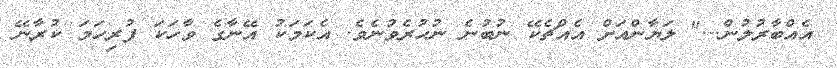
އެއްބާރުލުން..." ލަޔާންއަށް އެއްޗެކޭ ނުބުނެ ނުހުރެވުނެވެ. އެކަމަކު އޭނާގެ ވާހަކަ ފުރިހަމަ ކުރާނޭ